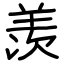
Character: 羡